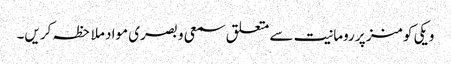
ویکی کومنز پر رومانیت سے متعلق سمعی و بصری مواد ملاحظہ کریں۔